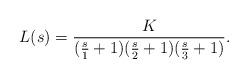
LaTeX: \begin{align*} L(s)=\frac{K}{(\frac{s}{1}+1)(\frac{s}{2}+1)(\frac{s}{3}+1)}.\end{align*}